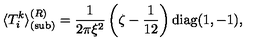
\langle T _ { i } ^ { k } \rangle _ { { \mathrm { ( s u b ) } } } ^ { ( R ) } = \frac { 1 } { 2 \pi \xi ^ { 2 } } \left( \zeta - \frac { 1 } { 1 2 } \right) { \mathrm { d i a g } } ( 1 , - 1 ) ,